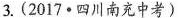
3.(2017∙四川南充中考)